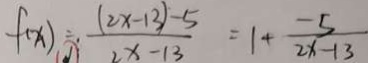
f ( x ) = \frac { ( 2 x - 1 3 ) - 5 } { 2 x - 1 3 } = 1 + \frac { - 5 } { 2 x - 1 3 }